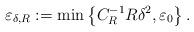
LaTeX: \begin{align*}\varepsilon_{\delta,R}:=\min\left\{C_{R}^{-1}R\delta^2,\varepsilon_0\right\}.\end{align*}